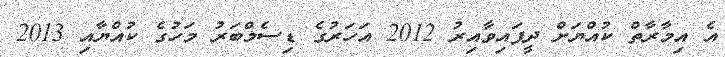
އެ އިމާރާތް ކުއްޔަށް ދީފައިވާއިރު 2012 އަހަރުގެ ޑިސެމްބަރު މަހުގެ ކުއްޔާއި 2013